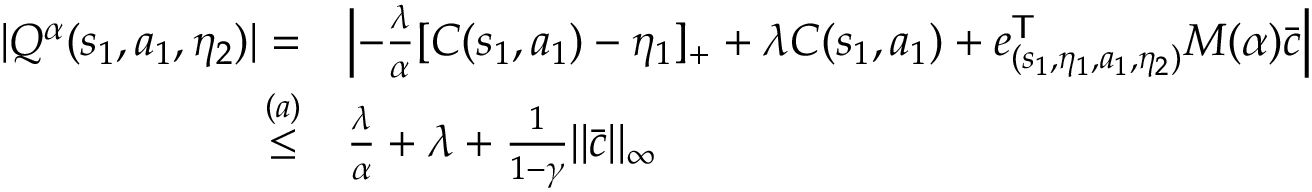
\begin{array} { r l } { | Q ^ { \alpha } ( s _ { 1 } , a _ { 1 } , \eta _ { 2 } ) | = } & { \left| - \frac { \lambda } { \alpha } [ C ( s _ { 1 } , a _ { 1 } ) - \eta _ { 1 } ] _ { + } + \lambda C ( s _ { 1 } , a _ { 1 } ) + e _ { ( s _ { 1 } , \eta _ { 1 } , a _ { 1 } , \eta _ { 2 } ) } ^ { \mathsf T } M ( \alpha ) \bar { c } \right| } \\ { \overset { ( a ) } { \le } } & { \frac { \lambda } { \alpha } + \lambda + \frac { 1 } { 1 - \gamma } | | \bar { c } | | _ { \infty } } \end{array}